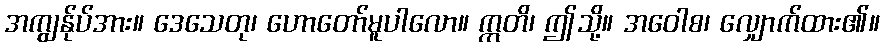
အကျွန်ုပ်အား။ ဒေသေတု၊ ဟောတော်မူပါလော။ ဣတိ၊ ဤသို့။ အဝေါစ၊ လျှောက်ထား၏။